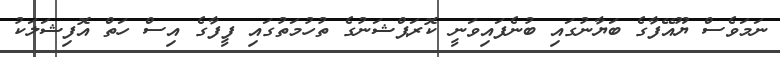
ނަމަވެސް ޔޫއޭފާގެ ބަޔާނުގައި ބުނެފައިވަނީ ކޮރަޕްޝަނުގެ ތުހުމަތުގައި ފީފާގެ އިސް ހަތް އޮފިޝަލަކު